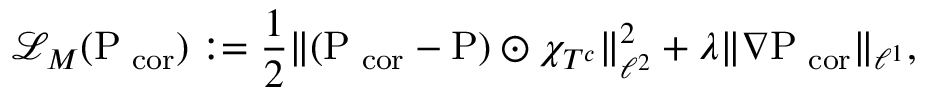
\mathcal L _ { M } ( \mathrm { \mathrm { P } } _ { \mathrm { \footnotesize ~ c o r } } ) : = \frac { 1 } { 2 } \| ( \mathrm { \mathrm { P } } _ { \mathrm { \footnotesize ~ c o r } } - \mathrm { \mathrm { P } } ) \odot \chi _ { T ^ { c } } \| _ { \ell ^ { 2 } } ^ { 2 } + \lambda \| \nabla \mathrm { \mathrm { P } } _ { \mathrm { \footnotesize ~ c o r } } \| _ { \ell ^ { 1 } } ,